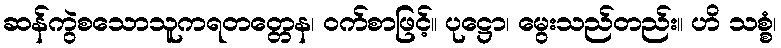
ဆန်ကွဲစသောသူကရတတ္တေန၊ ဝက်စာဖြင့်။ ပုဋ္ဌော၊ မွေးသည်တည်း။ ဟိ သစ္စံ၊